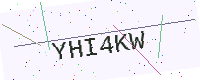
Text: YHI4KW